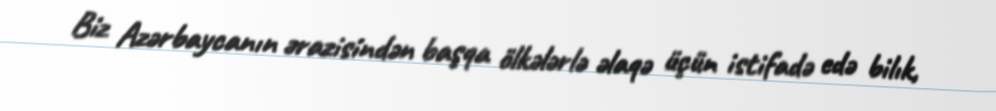
Biz Azərbaycanın ərazisindən başqa ölkələrlə əlaqə üçün istifadə edə bilık,